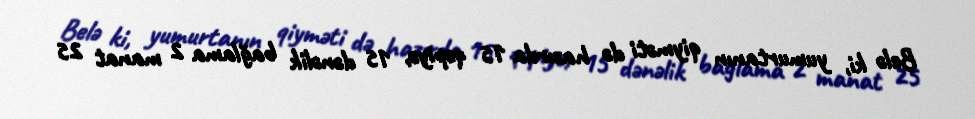
Belə ki, yumurtanın qiyməti də hazırda 15 qəpiyə, 15 dənəlik bağlama 2 manat 25